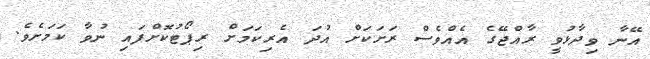
އޭނާ ވިދާޅުވީ ރާއްޖޭގެ އެއްވެސް ރަށަކަށް އުދަ އެރިކަމަށް ރިޕޯޓުކޮށްފައި ނުވާ ކަމަށެވެ.